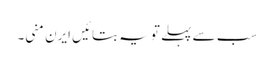
سب سے پہلے تو یہ بتائیں ایرن منی۔